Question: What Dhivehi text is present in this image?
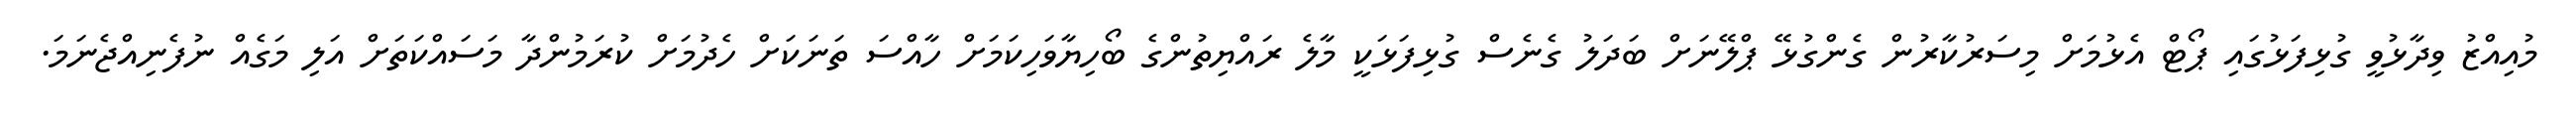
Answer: މުއިއްޒު ވިދާޅުވީ ގުޅިފަޅުގައި ޕޯޓް އެޅުމަށް މިސަރުކާރުން ގެންގުޅޭ ޕްލޭނަށް ބަދަލު ގެނެސް ގުޅިފަޅަކީ މާލެ ރައްޔިތުންގެ ބޯހިޔާވަހިކަމަށް ހާއްސަ ތަނަކަށް ހެދުމަށް ކުރަމުންދާ މަސައްކަތަށް އަލި މަގެއް ނުފެނިއްޖެނަމަ.